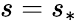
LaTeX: s=s_{\ast}